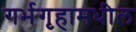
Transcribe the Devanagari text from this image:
गर्भगृहामधील